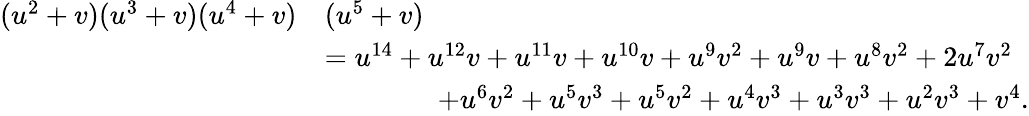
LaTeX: \begin{array}{rl}{(u^{2}+v)(u^{3}+v)(u^{4}+v)}&{(u^{5}+v)}\\ &{=u^{14}+u^{12}v+u^{11}v+u^{10}v+u^{9}v^{2}+u^{9}v+u^{8}v^{2}+2u^{7}v^{2}}\\ &{\qquad\qquad+u^{6}v^{2}+u^{5}v^{3}+u^{5}v^{2}+u^{4}v^{3}+u^{3}v^{3}+u^{2}v^{3}+v^{4}.}\end{array}